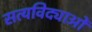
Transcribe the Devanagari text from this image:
सत्यविद्याओं